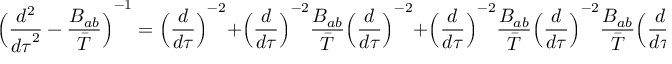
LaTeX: { \Bigl ( { \frac { d ^ { 2 } } { { d \tau } ^ { 2 } } } - { \frac { B _ { a b } } { \bar { T } } } \Bigl ) } ^ { - 1 } = { \Bigl ( { \frac { d } { d \tau } } \Bigr ) } ^ { - 2 } + { \Bigl ( { \frac { d } { d \tau } } \Bigr ) } ^ { - 2 } { \frac { B _ { a b } } { \bar { T } } } { \Bigl ( { \frac { d } { d \tau } } \Bigr ) } ^ { - 2 } + { \Bigl ( { \frac { d } { d \tau } } \Bigr ) } ^ { - 2 } { \frac { B _ { a b } } { \bar { T } } } { \Bigl ( { \frac { d } { d \tau } } \Bigr ) } ^ { - 2 } { \frac { B _ { a b } } { \bar { T } } } { \Bigl ( { \frac { d } { d \tau } } \Bigr ) } ^ { - 2 } + \cdots ,